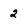
Character: 2